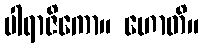
ပါရာဇိကော။ ဟောတိ။